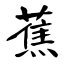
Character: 蕉